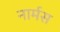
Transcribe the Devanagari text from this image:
नार्मस